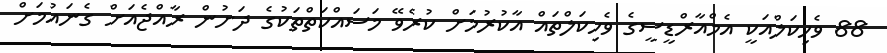
88 ވެހިކަލްއަކީ އެމްއާރްޑީސީގެ ވެހިކަލްތައް އާކުރުމަށް ކުރެވޭ މަސައްކަތްތަކުގެ ދަށުން ރާއްޖެއަށް ގެނައުމަށް